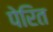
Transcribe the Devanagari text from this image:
पेरित